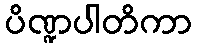
ပိဏ္ဍပါတိကာ